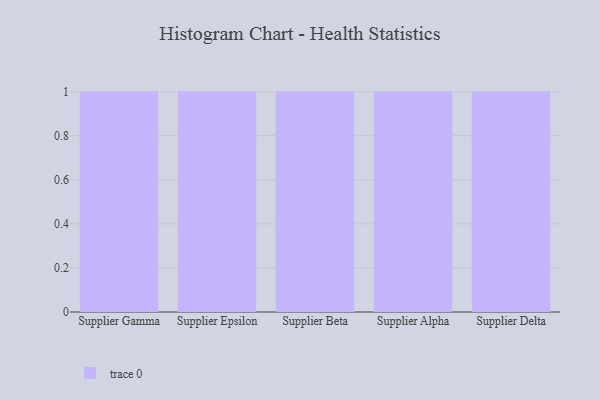
{"axis": {"x": "Supplier", "y": "Conversion Rate (%)"}, "legend": [""], "data": [{"x": "Supplier Gamma", "y": 15, "type": ""}, {"x": "Supplier Epsilon", "y": 1, "type": ""}, {"x": "Supplier Beta", "y": 58, "type": ""}, {"x": "Supplier Alpha", "y": 24, "type": ""}, {"x": "Supplier Delta", "y": 87, "type": ""}]}